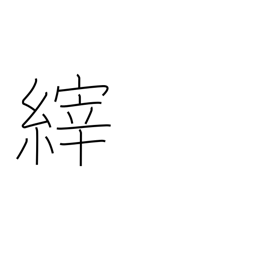
Meaning: breath